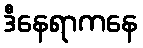
ဒီနေရာကနေ